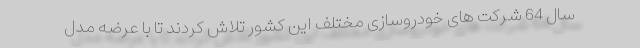
سال 64 شرکت های خودروسازی مختلف این کشور تلاش کردند تا با عرضه مدل